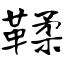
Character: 鞣